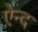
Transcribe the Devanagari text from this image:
ऐन्द